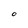
Character: O